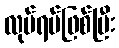
လုပ်ရပ်ဖြစ်ပြီး